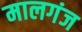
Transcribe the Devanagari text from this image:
मालगंज